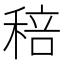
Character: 稖